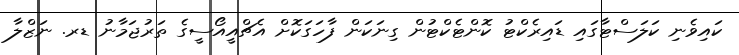
ކައިވެނި ކަލަސްޓާގައި ޑައިރެކްޓު ކޮންޓެކްޓުން ގިނަކަން ފާހަގަކޮށް އެޗްއީއޯސީގެ ތަރުޖަމާނު ޑރ. ނަޒްލާ